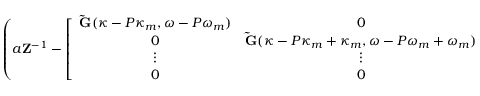
\left( a \mathbf { Z } ^ { - 1 } - \left[ \begin{array} { c c c c } { \mathbf { \tilde { G } } ( \kappa - P \kappa _ { m } , \omega - P \omega _ { m } ) } & { 0 } & { \cdots } & { 0 } \\ { 0 } & { \mathbf { \tilde { G } } ( \kappa - P \kappa _ { m } + \kappa _ { m } , \omega - P \omega _ { m } + \omega _ { m } ) } & { \cdots } & { 0 } \\ { \vdots } & { \vdots } & { \ddots } & { \vdots } \\ { 0 } & { 0 } & { \cdots } & { \mathbf { \tilde { G } } ( \kappa + P \kappa _ { m } , \omega + P \omega _ { m } ) } \end{array} \right] \right) \left[ \begin{array} { c } { \hat { F } ^ { ( - P ) } } \\ { \hat { F } ^ { ( - P + 1 ) } } \\ { \vdots } \\ { \hat { F } ^ { ( P ) } } \end{array} \right] = \mathbf { 0 } ,